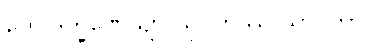
တေ ဒက္ခိဏေယျာ သုဂတဿ သာဝကာ၊